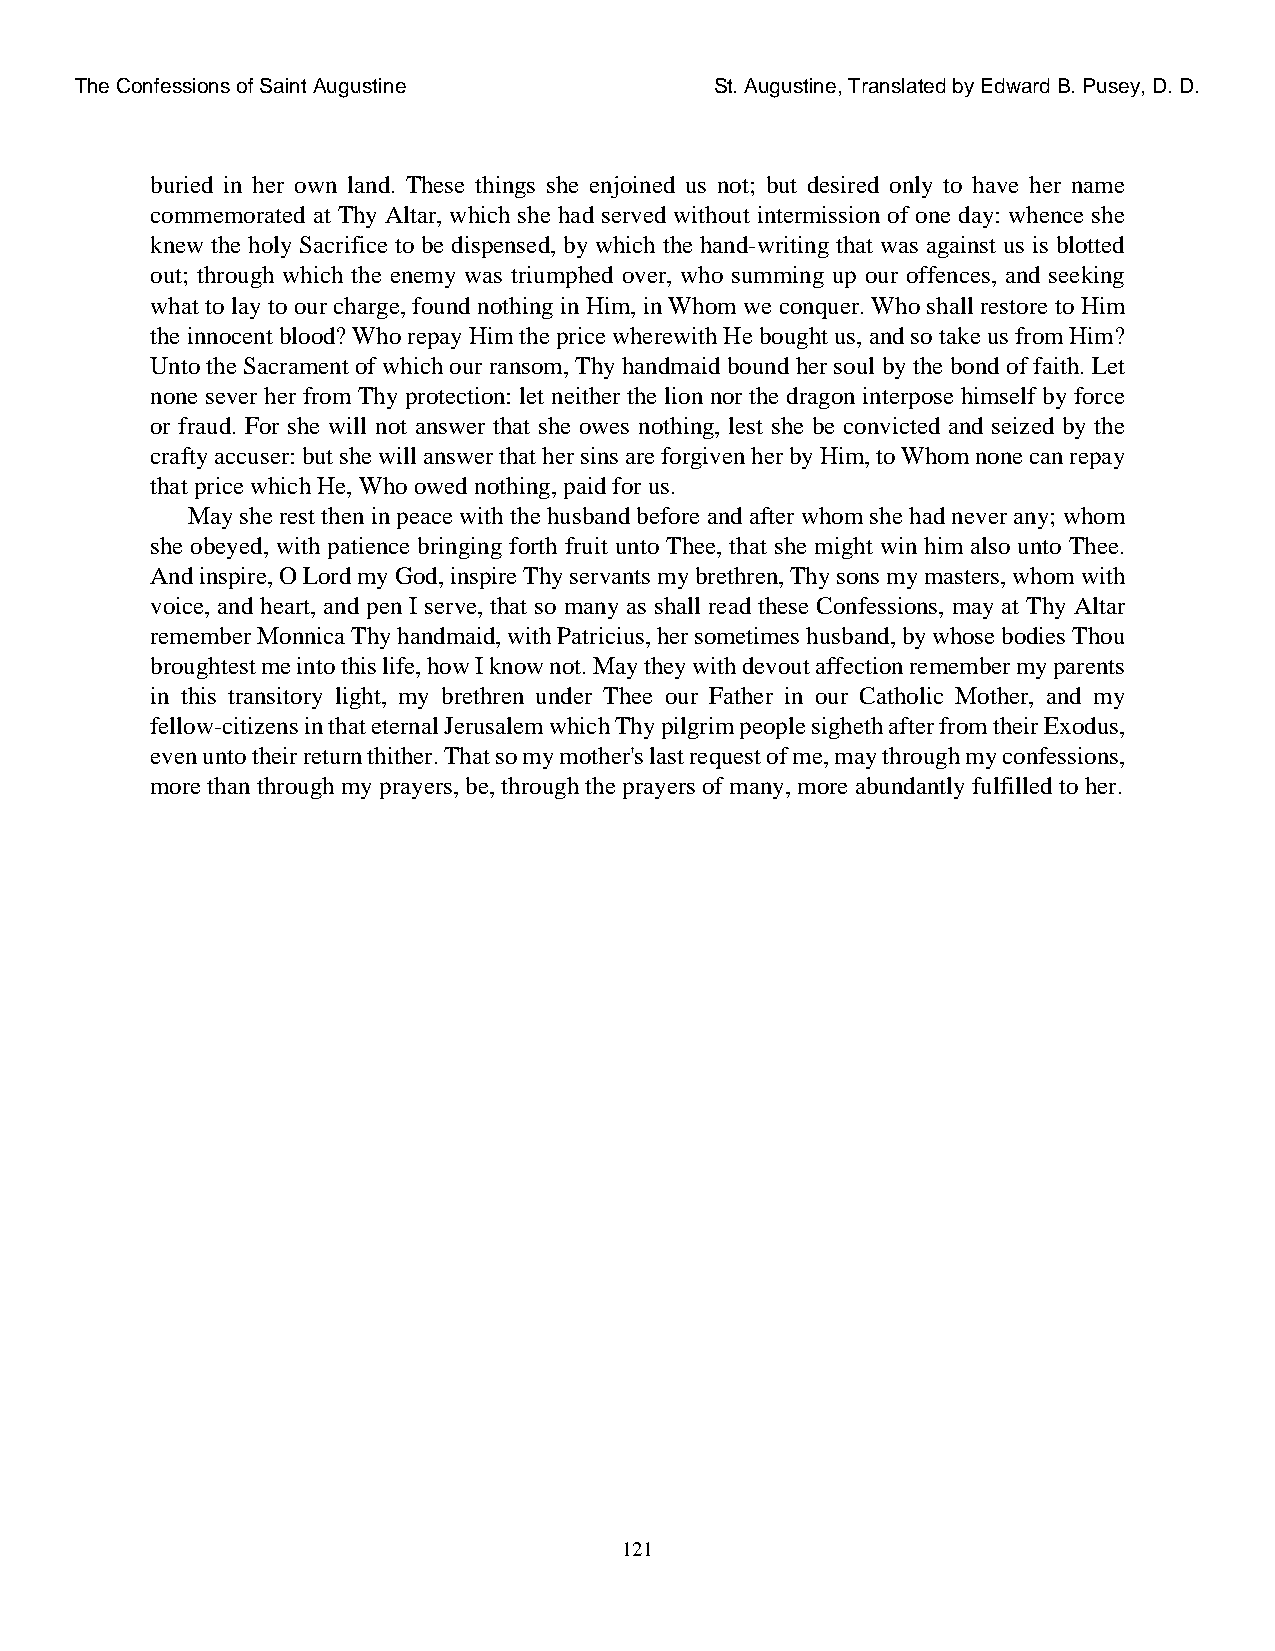
The Confessions of Saint Augustine        St. Augustine, Translated by Edward B. Pusey, D. D.
 buried in her own land. These things she enjoined us not; but desired only to have her name
 commemorated at Thy Altar, which she had served without intermission of one day: whence she
 knew the holy Sacrifice to be dispensed, by which the hand-writing that was against us is blotted
 out; through which the enemy was triumphed over, who summing up our offences, and seeking
 what to lay to our charge, found nothing in Him, in Whom we conquer. Who shall restore to Him
 the innocent blood? Who repay Him the price wherewith He bought us, and so take us from Him?
 Unto the Sacrament of which our ransom, Thy handmaid bound her soul by the bond of faith. Let
 none sever her from Thy protection: let neither the lion nor the dragon interpose himself by force
 or fraud. For she will not answer that she owes nothing, lest she be convicted and seized by the
 crafty accuser: but she will answer that her sins are forgiven her by Him, to Whom none can repay
 that price which He, Who owed nothing, paid for us.
 May she rest then in peace with the husband before and after whom she had never any; whom
 she obeyed, with patience bringing forth fruit unto Thee, that she might win him also unto Thee.
 And inspire, O Lord my God, inspire Thy servants my brethren, Thy sons my masters, whom with
 voice, and heart, and pen I serve, that so many as shall read these Confessions, may at Thy Altar
 remember Monnica Thy handmaid, with Patricius, her sometimes husband, by whose bodies Thou
 broughtest me into this life, how I know not. May they with devout affection remember my parents
 in this transitory light, my brethren under Thee our Father in our Catholic Mother, and my
 fellow-citizens in that eternal Jerusalem which Thy pilgrim people sigheth after from their Exodus,
 even unto their return thither. That so my mother's last request of me, may through my confessions,
 more than through my prayers, be, through the prayers of many, more abundantly fulfilled to her.
 121